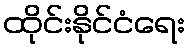
ထိုင်းနိုင်ငံရေး